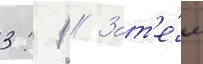
3: 1 // Зат'е́м